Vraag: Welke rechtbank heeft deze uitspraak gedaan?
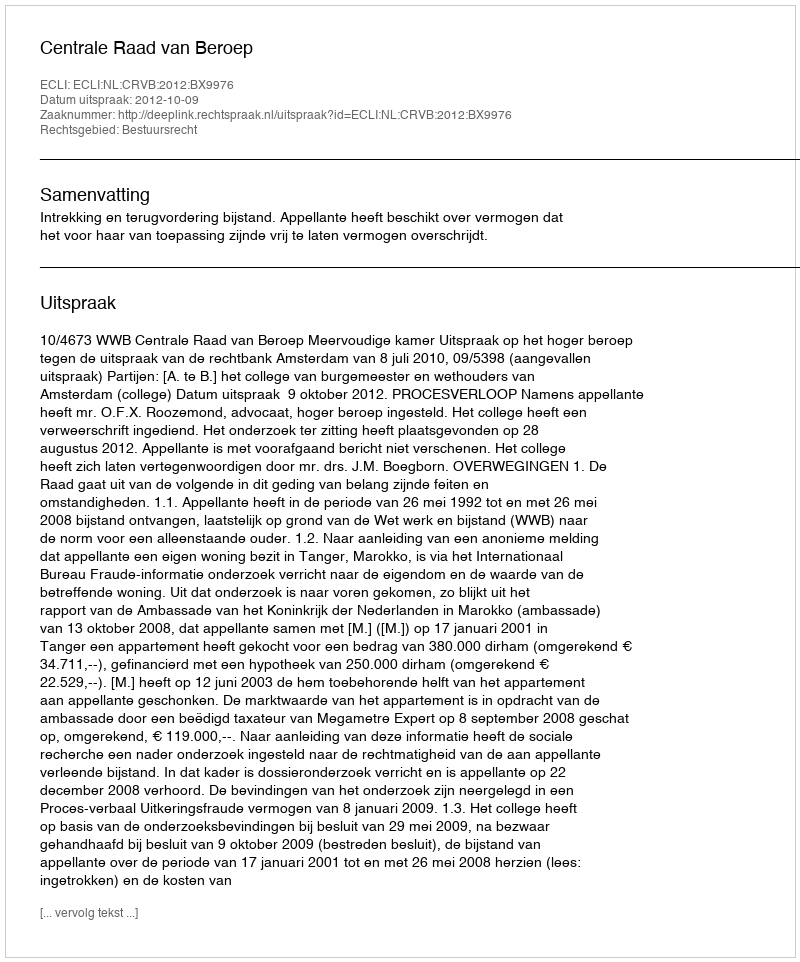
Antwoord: Centrale Raad van Beroep